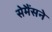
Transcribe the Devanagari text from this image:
सेमैंसने